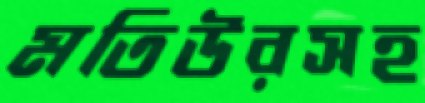
মতিউরসহ